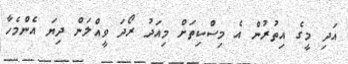
އަދި މީގެ އިތުރުން އެ މިސްކިތަށް މިއަދު ރޯދަ ވީއްލަން ދިޔަ އެންމެހާ